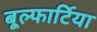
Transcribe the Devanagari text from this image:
बूल्फार्टिया